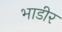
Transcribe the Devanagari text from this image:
भाडीर